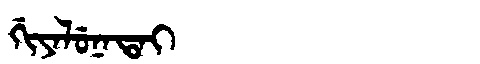
Manchu: ᡤᡳᠶᠠᠯᡠᠨᠠᡨᠠᡳ
Romanization: GIYALUNATAI